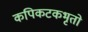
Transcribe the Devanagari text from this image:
कपिकटकभृतो